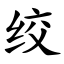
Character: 绞